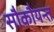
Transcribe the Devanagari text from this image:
सौकौयन्त